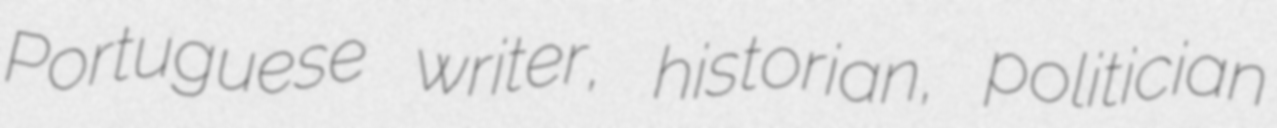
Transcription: Portuguese writer, historian, politician